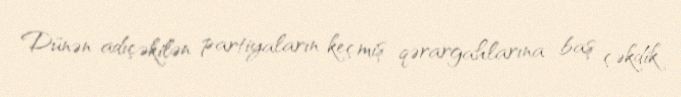
Dünən adıçəkilən partiyaların keçmiş qərargahlarına baş çəkdik.